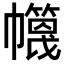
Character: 𢅶